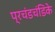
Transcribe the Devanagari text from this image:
प्रचंडचंडिके